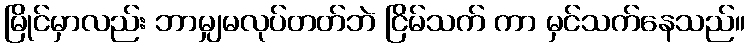
မြိုင်မှာလည်း ဘာမျှမလုပ်တတ်ဘဲ ငြိမ်သက် ကာ မှင်သက်နေသည်။